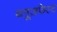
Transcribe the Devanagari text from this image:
ब्लूज़फेस्ट